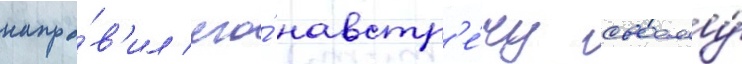
напра́в'ил его́ навстр'е́чу своему́